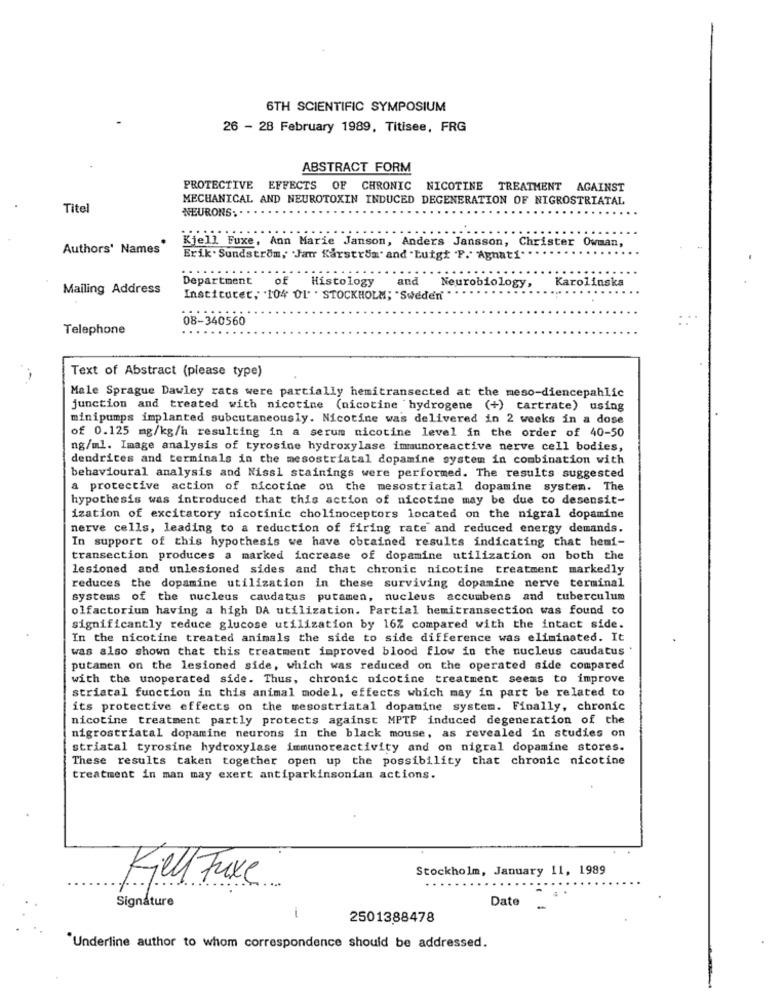
6TH SCIENTIFIC SYMPOSIUM
26 - 28 February 1989, Titisee, FRG
ABSTRACT FORM
PROTECTIVE EFFECTS OF CHRONIC NICOTINE TREATMENT AGAINST
MECHANICAL AND NEUROTOXIN INDUCED DEGENERATION OF NIGROSTRIATAL
Titel
NEURONS ..
Authors' Names
Kjell Fuxe, Ann Marie Janson, Anders Jansson, Christer Owman,
Erik . Sundstrom, Jar Karström. and .Luigi "F." Agnati"
Department
of
Histology
and
Mailing Address
Neurobiology,
Karolinska
Institutet, 104 OL" . STOCKHOLM; "Sweden'
08-340560
Telephone
Text of Abstract (please type)
Male Sprague Dawley rats were partially hemitransected at the meso-diencepahlic
junction and treated with nicotine (nicotine hydrogene (+) tartrate) using
minipumps implanted subcutaneously. Nicotine was delivered in 2 weeks in a dose
of 0.125 mg/kg/h resulting in a serum nicotine level in the order of 40-50
ng/ml. Image analysis of tyrosine hydroxylase immunoreactive nerve cell bodies,
dendrites and terminals in the mesostriatal dopamine system in combination with
behavioural analysis and Niss1 stainings were performed. The results suggested
a protective action of nicotine on the mesostriatal dopamine system. The
hypothesis was introduced that this action of nicotine may be due to desensit-
ization of excitatory nicotinic cholinoceptors located on the nigral dopamine
nerve cells, leading to a reduction of firing rate and reduced energy demands.
In support of this hypothesis we have obtained results indicating that hemi-
transection produces a marked increase of dopamine utilization on both the
lesioned and unlesioned sides and that chronic nicotine treatment markedly
reduces the dopamine utilization in these surviving dopamine nerve terminal
systems of the nucleus caudatus putamen, nucleus accumbens and tuberculum
olfactorium having a high DA utilization. Partial hemitransection was found to
significantly reduce glucose utilization by 16% compared with the intact side.
In the nicotine treated animals the side to side difference was eliminated. It
was also shown that this treatment improved blood flow in the nucleus caudatus
putamen on the lesioned side, which was reduced on the operated side compared
with the unoperated side. Thus, chronic nicotine treatment seems to improve
striacal function in this animal model, effects which may in part be related to
its protective effects on the mesostriatal dopamine system. Finally, chronic
nicotine treatment partly protects against MPTP induced degeneration of the
nigrostriatal dopamine neurons in the black mouse, as revealed in studies on
striatal tyrosine hydroxylase immunoreactivity and on nigral dopamine stores.
These results taken together open up the possibility that chronic nicotine
treatment in man may exert antiparkinsonian actions.
Stockholm, January 11, 1989
KillFuxe
Signature
Date
-
2501388478
"Underline author to whom correspondence should be addressed.